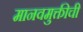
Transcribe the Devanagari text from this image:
मानवमुक्तीची